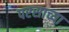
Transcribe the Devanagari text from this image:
परसाच्या